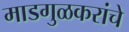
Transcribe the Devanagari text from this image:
माडगुळकरांचे